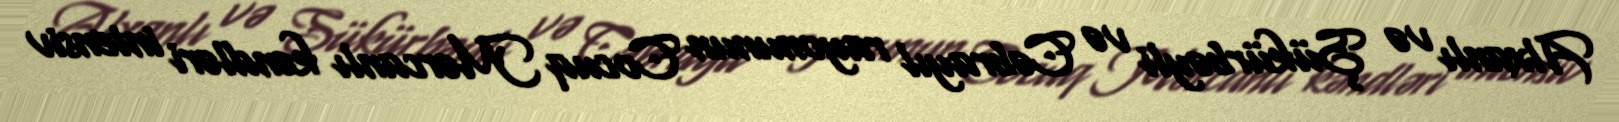
Alxanlı və Şükürbəyli və Cəbrayıl rayonunun Cocuq Mərcanlı kəndləri intensiv